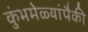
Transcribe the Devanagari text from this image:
कुंभमेळ्यांपैकी